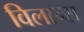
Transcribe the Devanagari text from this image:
विलान्स